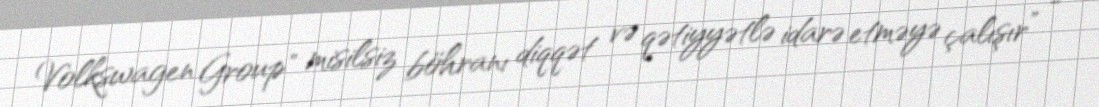
Volkswagen Group" misilsiz böhranı diqqət və qətiyyətlə idarə etməyə çalışır” -